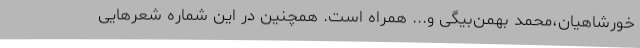
خورشاهیان،محمد بهمن‌بیگی و... همراه است. همچنین در این شماره شعرهایی